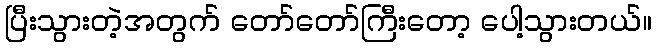
ပြီးသွားတဲ့အတွက် တော်တော်ကြီးတော့ ပေါ့သွားတယ်။